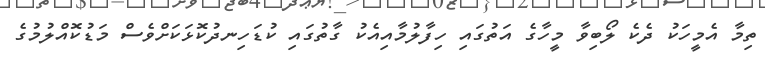
ތިމާ އެމީހަކު ދެކެ ލޯބިވާ މީހާގެ އަތުގައި ހިފާލުމާއިއެކު ގާތުގައި ކުޑަހިނދުކޮޅަކަށްވެސް މަޑުކޮއްލުމުގެ